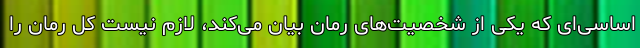
اساسی‌ای که یکی از شخصیت‌های رمان بیان می‌کند، لازم نیست کل رمان را